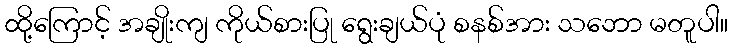
ထို့ကြောင့် အချိုးကျ ကိုယ်စားပြု ရွေးချယ်ပုံ စနစ်အား သဘော မတူပါ။